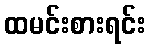
ထမင်းစားရင်း